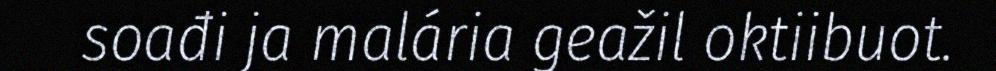
soađi ja malária geažil oktiibuot.